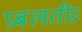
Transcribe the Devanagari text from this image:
प्रबलतीव्र